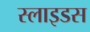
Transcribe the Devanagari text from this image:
स्‍लाइडस